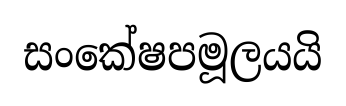
සංකේෂපමූලයයි